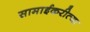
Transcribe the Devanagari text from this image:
सामाईकरीत्या